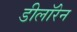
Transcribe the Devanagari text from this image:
डीलॉरेन